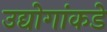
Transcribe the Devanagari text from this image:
उद्योगांकडे